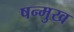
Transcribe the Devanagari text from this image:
षन्मुख